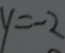
y = - 2